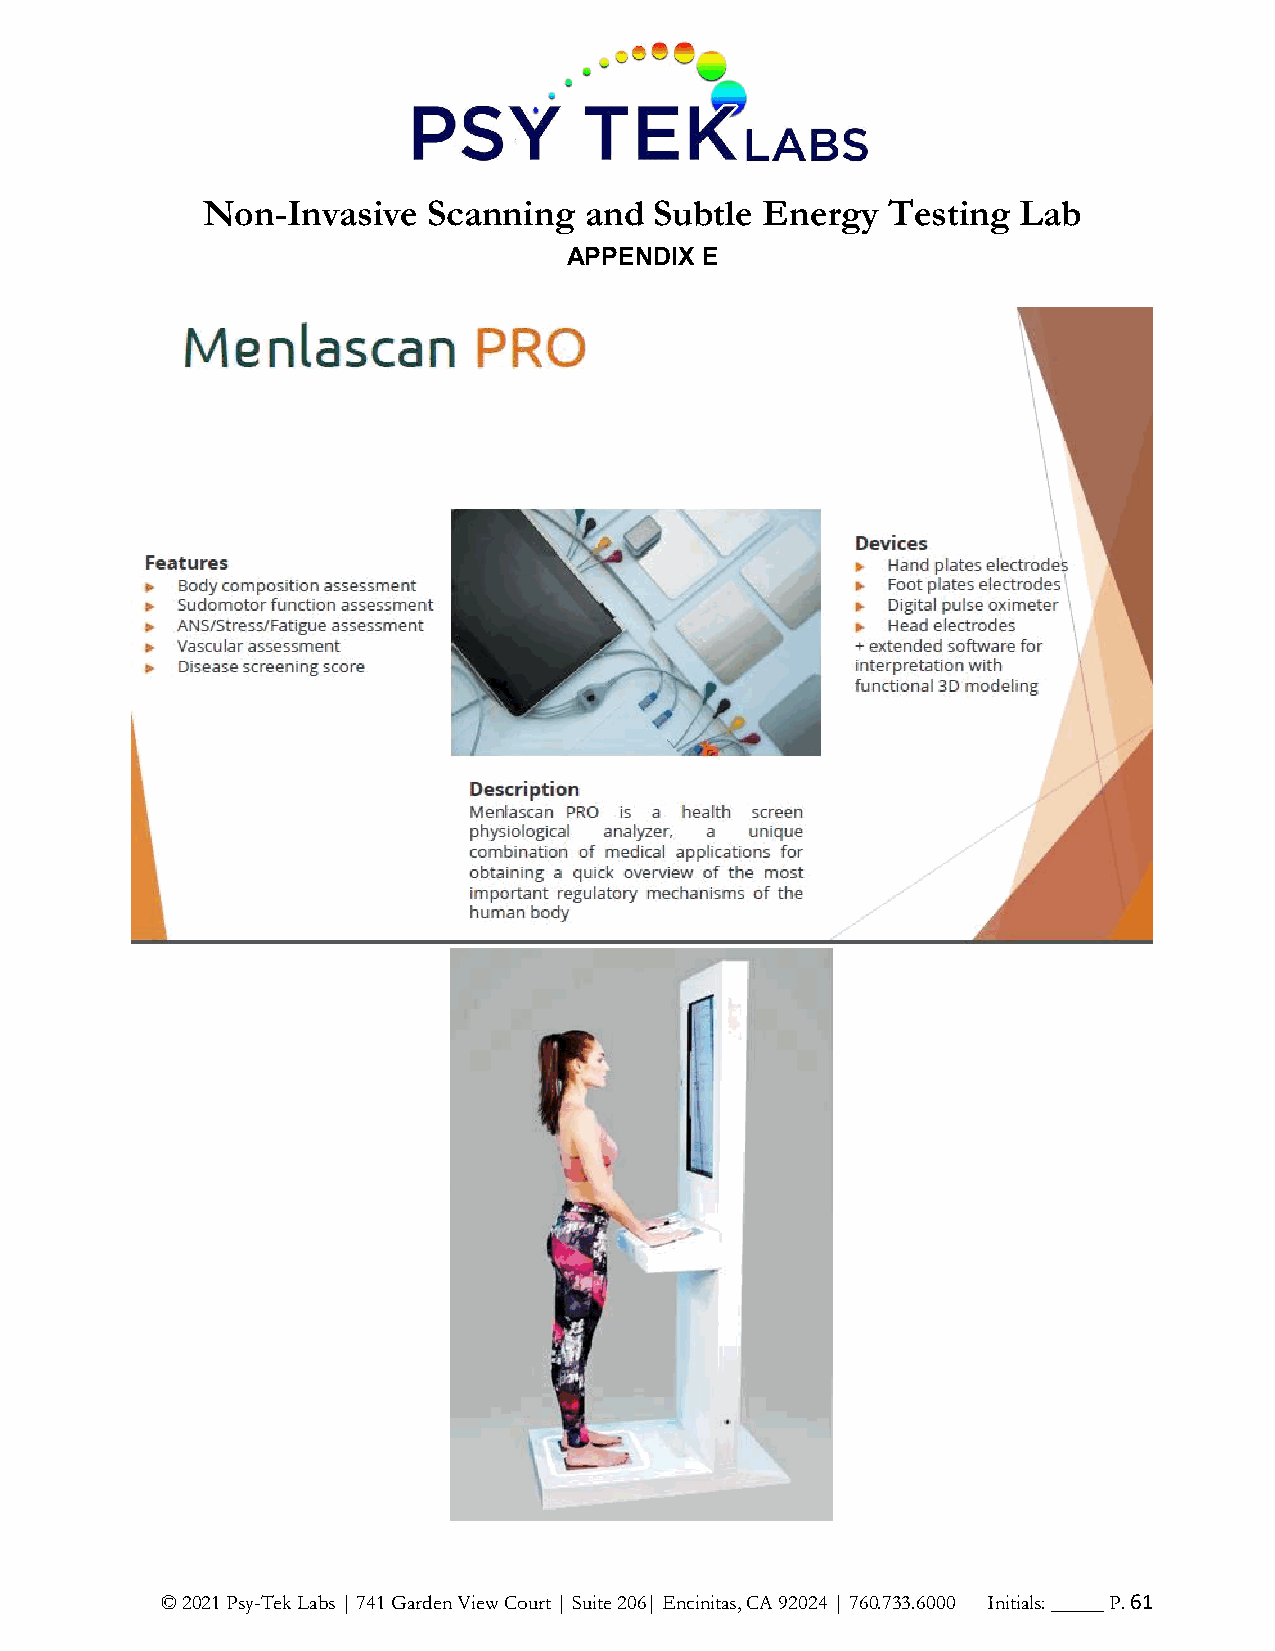
Non-Invasive   Scanning   and Subtle Energy   Testing  Lab
 APPENDIX E
 © 2021 Psy-Tek Labs | 741 Garden View Court | Suite 206| Encinitas, CA 92024 | 760.733.6000 Initials: _____ P. 61